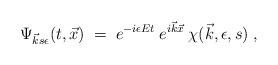
LaTeX: \begin{align*}\Psi_{\vec{k} s \epsilon}(t, \vec{x}) \;=\; e^{-i \epsilon Et}\:e^{i \vec{k} \vec{x}} \: \chi(\vec{k}, \epsilon, s) \;, \end{align*}